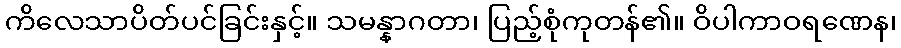
ကိလေသာပိတ်ပင်ခြင်းနှင့်။ သမန္နာဂတာ၊ ပြည့်စုံကုတန်၏။ ဝိပါကာဝရဏေန၊